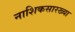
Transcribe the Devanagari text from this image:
नाशिकसारख्या